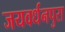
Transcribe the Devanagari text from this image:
जयवर्धनपुरा